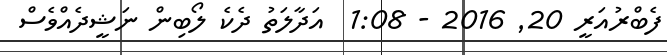
ފެބްރުއަރީ 20